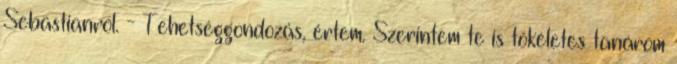
Sebastianról. - Tehetséggondozás, értem. Szerintem te is tökéletes tanárom